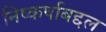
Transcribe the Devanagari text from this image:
निष्कर्षाबद्दल